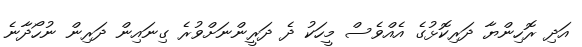
އަދި ރޮހިންޔާ ދަރިކޮޅުގެ އެއްވެސް މީހަކު ދެ ދަރީންނަށްވުރެ ގިނައިން ދަރިން ނުހޯދާނެ